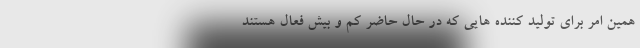
همین امر برای تولید کننده هایی که در حال حاضر کم و بیش فعال هستند